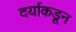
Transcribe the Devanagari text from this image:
दर्याकडून